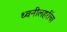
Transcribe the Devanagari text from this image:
ध्वनीलहरींचा